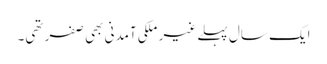
ایک سال پہلے غیر ملکی آمدنی بھی صفر تھی۔